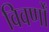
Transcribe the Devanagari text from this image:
विवर्णों